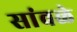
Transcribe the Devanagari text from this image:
सांवळे